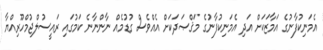
އެމަނިކުފާނުގެ އަމާޒަކަށް އަދި އެމަނިކުފާނުގެ މަޤްޞަދަކަށް އެއްވެސް ގުޑުމެއް ނާންނާނެ ކަމުގައި ރައީސުލްޖުމްހޫރިއްޔާ